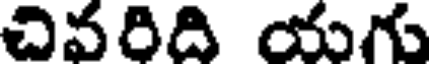
చివరిది యగు